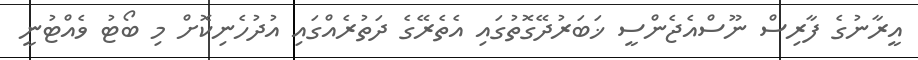
އީރާނުގެ ފާރިސް ނޫސްއެޖެންސީ ޚަބަރުދޭގޮތުގައި އެތެރޭގެ ދަތުރެއްގައި އުދުހެނިކޮށް މި ބޯޓު ވެއްޓުނީ